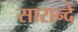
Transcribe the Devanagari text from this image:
सारान्दे